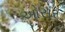
ઓસર